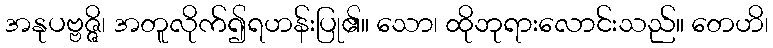
အနုပဗ္ဗဇ္ဇိ၊ အတူလိုက်၍ရဟန်းပြု၏။ သော၊ ထိုဘုရားလောင်းသည်။ တေဟိ၊